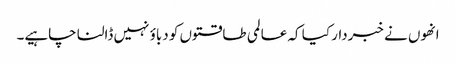
انھوں نے خبردار کیا کہ عالمی طاقتوں کو دباؤ نہیں ڈالنا چاہیے۔